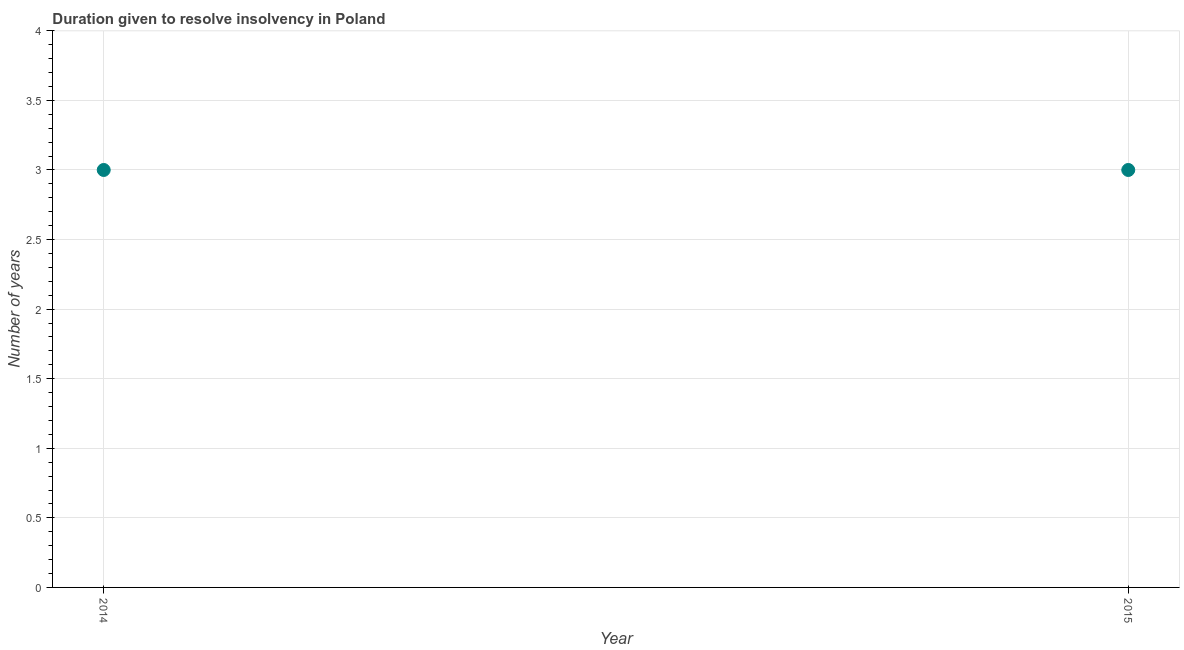
| Year | Resolve insolvency |
 | --- | --- |
 | 2014 | 3 |
 | 2015 | 3 |